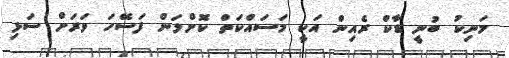
މަނިކު ބުނީ ޑާކް ރެއިން އަކީ މަސައްކަތް ކޮށްލަން ފަސޭހަ ވަރަށް ސަޅި